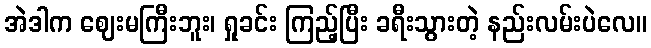
အဲဒါက ဈေးမကြီးဘူး၊ ရှုခင်း ကြည့်ပြီး ခရီးသွားတဲ့ နည်းလမ်းပဲလေ။